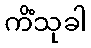
ကိံသုခါ